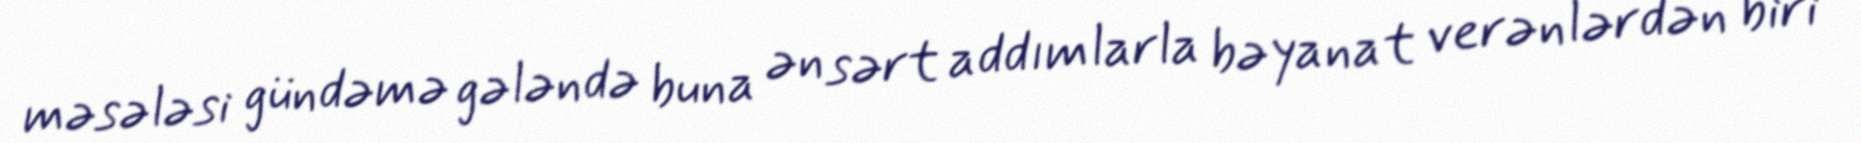
məsələsi gündəmə gələndə buna ən sərt addımlarla bəyanat verənlərdən biri